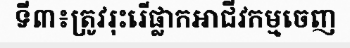
ទី៣៖ត្រូវរុះរើផ្លាកអាជីវកម្មចេញ